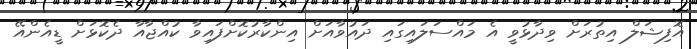
އޮފިޝަލް އިތުރަށް ވިދާޅުވީ އެ މައްސަލައިގައި ދައުވާއަށް އިންކާރުކޮށްފައިވާ ކުއްޖާއާ ދެކޮޅަށް ޑީއެންއޭ